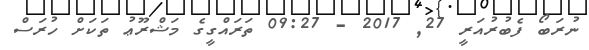
ނުރަބޯ ފެބުރުއަރީ 27